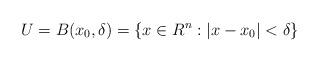
LaTeX: \begin{align*} U = B(x_0,\delta) = \{ x \in R^n : |x-x_0| < \delta \}\end{align*}